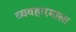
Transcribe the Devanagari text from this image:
व्यवहारमाला